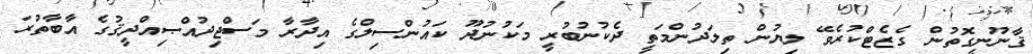
ޤާނޫނީގޮތުން ގެޒެޓްކުރެވޭ ލިޔުން ތިލަދުންމަތީ ދެކުނުބުރީ މަކުނުދޫ ކައުންސިލްގެ އިދާރާ މަސްޖިދުއްޞިއްދީޤުގެ އާބާތުރަ